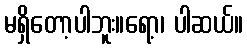
မရှိတော့ပါဘူး။ရော့၊ ပါဆယ်။